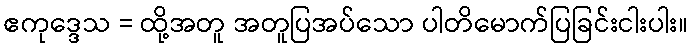
ဧကုဒ္ဒေသ = ထို့အတူ အတူပြအပ်သော ပါတိမောက်ပြခြင်းငါးပါး။